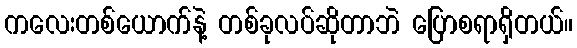
ကလေးတစ်ယောက်နဲ့ တစ်ခုလပ်ဆိုတာဘဲ ပြောစရာရှိတယ်။